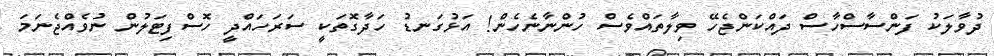
ދުވާލަކު ފަންސާސްހާސް ދައްކަންޖެހޭ ވިލާތައްވެސް ހުންނާނެހެން! އަޅުގަނޑު ހަދާގޮތަކީ ސަރަހައްދީ ހޮސްފިޓަލުން ނުވެއްޖެނަމަ